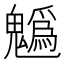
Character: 𩴞